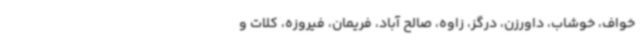
خواف، خوشاب، داورزن، درگز، زاوه، صالح آباد، فریمان، فیروزه، کلات و